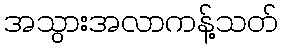
အသွားအလာကန့်သတ်